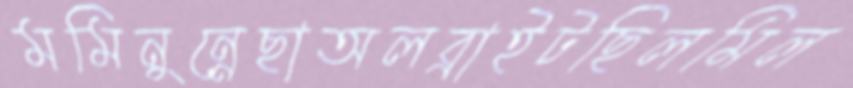
মমিনুন্নেছাঅলব্রাইটছিলমিল